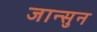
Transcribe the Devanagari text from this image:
जान्सुन